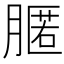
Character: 𦟻